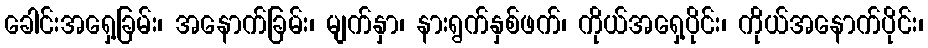
ခေါင်းအရှေ့ခြမ်း၊ အနောက်ခြမ်း၊ မျက်နှာ၊ နားရွက်နှစ်ဖက်၊ ကိုယ်အရှေ့ပိုင်း၊ ကိုယ်အနောက်ပိုင်း၊